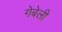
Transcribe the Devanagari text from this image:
गेबेली